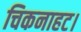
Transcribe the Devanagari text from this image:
चिकनाहट।